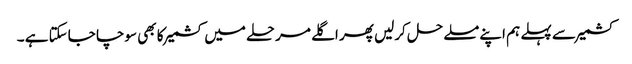
کشمیر سے پہلے ہم اپنے مسلے حل کرلیں پھر اگلے مرحلے میں کشمیر کا بھی سوچا جاسکتا ہے ۔